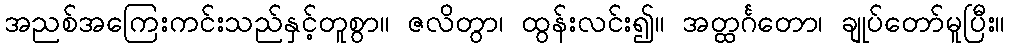
အညစ်အကြေးကင်းသည်နှင့်တူစွာ။ ဇလိတွာ၊ ထွန်းလင်း၍။ အတ္ထင်္ဂတော၊ ချုပ်တော်မူပြီး။